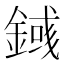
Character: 𨪎